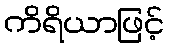
ကိရိယာဖြင့်